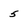
Character: 5